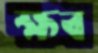
ক্ষব